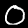
Digit: 0